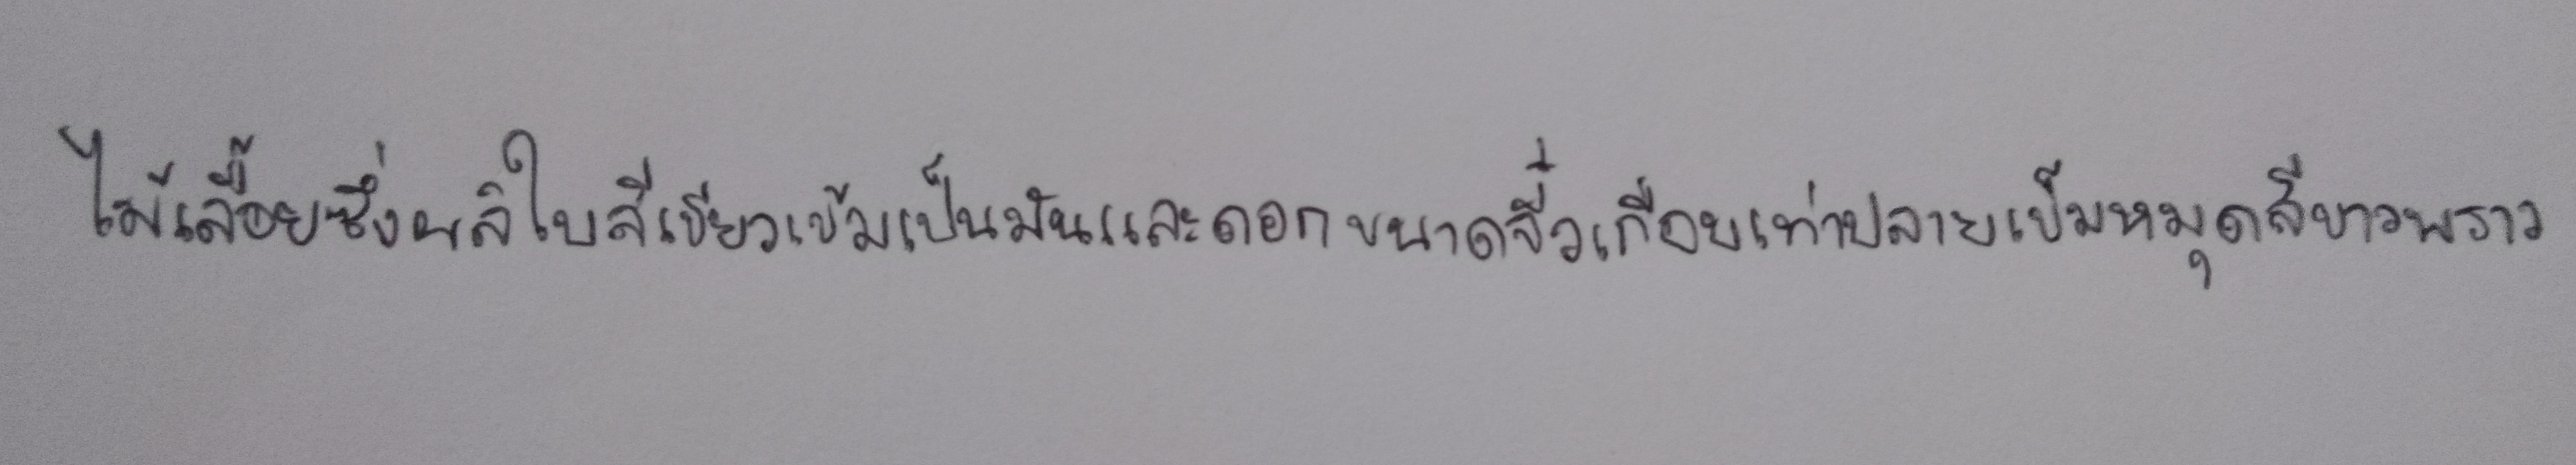
ไม้เลื้อยซึ่งผลิใบสีเขียวเข้มเป็นมันและดอกขนาดจิ๋วเกือบเท่าปลายเข็มหมุดสีขาวพราว